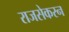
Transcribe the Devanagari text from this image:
राजसेकरन